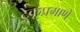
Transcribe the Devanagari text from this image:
टेकूप्रमाणे